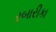
રબારીકા